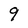
Character: 9